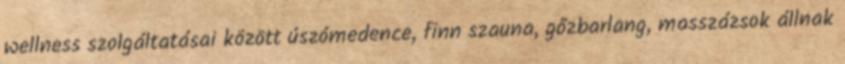
wellness szolgáltatásai között úszómedence, finn szauna, gőzbarlang, masszázsok állnak